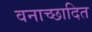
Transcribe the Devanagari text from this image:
वनाच्‍छादित